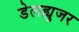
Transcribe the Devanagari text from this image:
डेलह्युजर